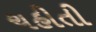
ચહીતી